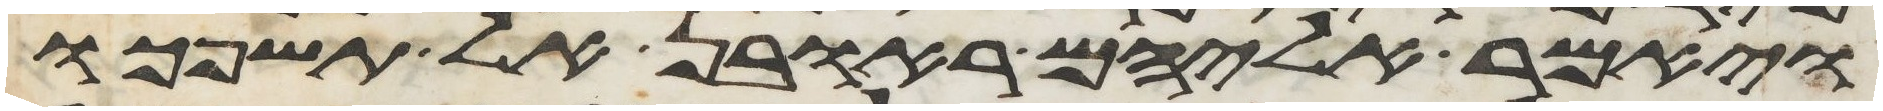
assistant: ויאמר אליהם ראובן אל תשפכו